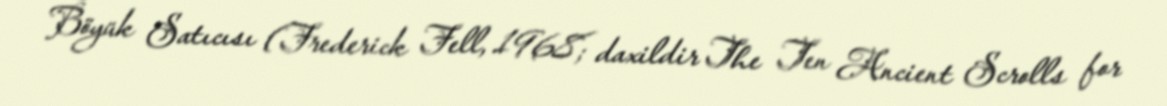
Böyük Satıcısı (Frederick Fell, 1968; daxildir The Ten Ancient Scrolls for